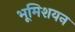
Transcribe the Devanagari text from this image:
भूमिशयन